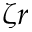
{ \zeta } r